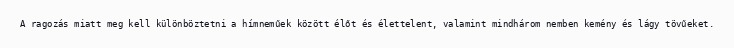
A ragozás miatt meg kell különböztetni a hímneműek között élőt és élettelent, valamint mindhárom nemben kemény és lágy tövűeket.